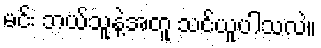
မင်း ဘယ်သူနဲ့အတူ သင်ယူပါသလဲ။